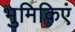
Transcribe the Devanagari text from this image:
भुमिकिएं